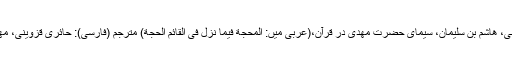
بحرانی، هاشم بن سلیمان، سیمای حضرت مهدی در قرآن،(عربی میں: المحجّة فیما نزل فی القائم الحجّة) مترجم (فارسی): حائری قزوینی، مهدی ۔